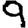
Digit: 9